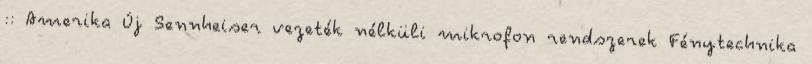
:: Amerika Új Sennheiser vezeték nélküli mikrofon rendszerek Fénytechnika